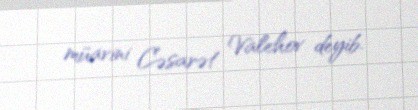
müavini Cəsarət Valehov deyib.